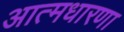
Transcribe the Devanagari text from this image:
आत्मधारणा